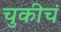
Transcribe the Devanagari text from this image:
चुकीचं